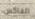
الفاكس